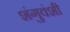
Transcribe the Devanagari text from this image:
शंगुवंशी